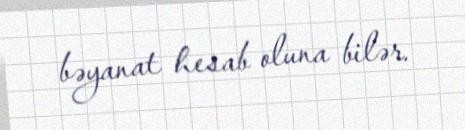
bəyanat hesab oluna bilər.